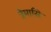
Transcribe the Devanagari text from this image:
त्रैमासि